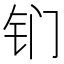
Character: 钔